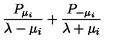
{ { \frac { P _ { \mu _ { i } } } { \lambda - \mu _ { i } } } + { \frac { P _ { - \mu _ { i } } } { \lambda + \mu _ { i } } } }